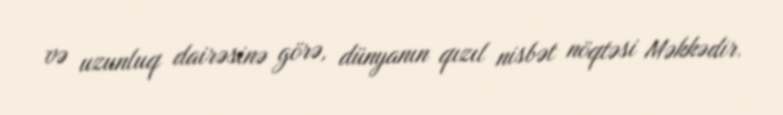
və uzunluq dairəsinə görə, dünyanın qızıl nisbət nöqtəsi Məkkədir.